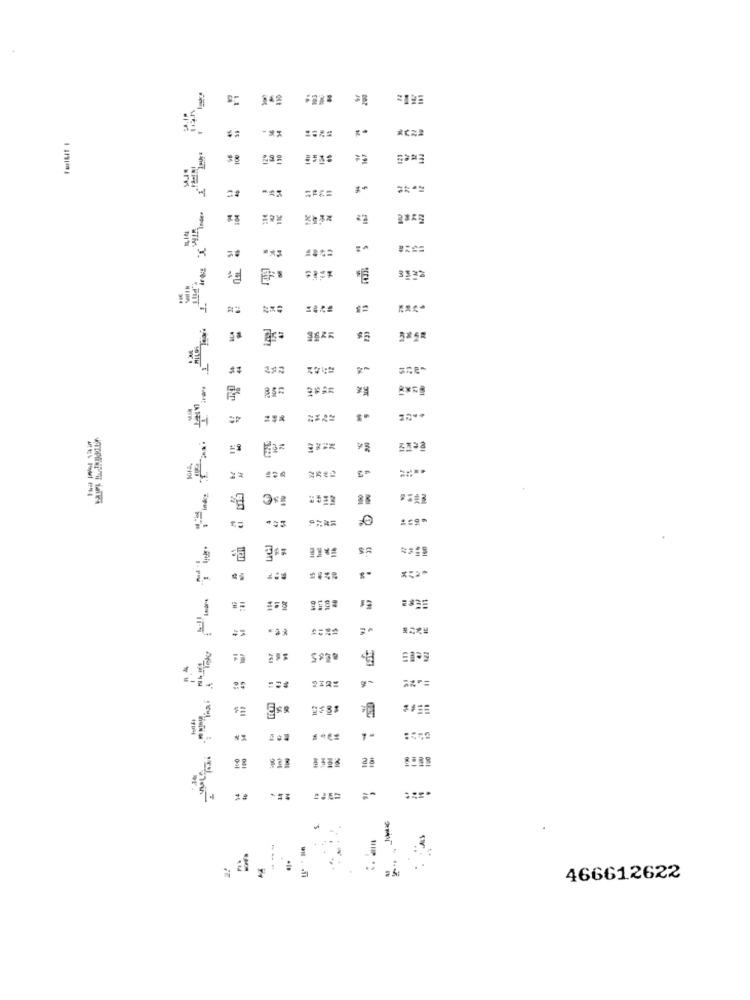
2195
-
Enes
CEES
**
4℃
== 2=
,0
FAKE
1
466612622